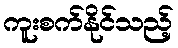
ကူးစက်နိုင်သည့်